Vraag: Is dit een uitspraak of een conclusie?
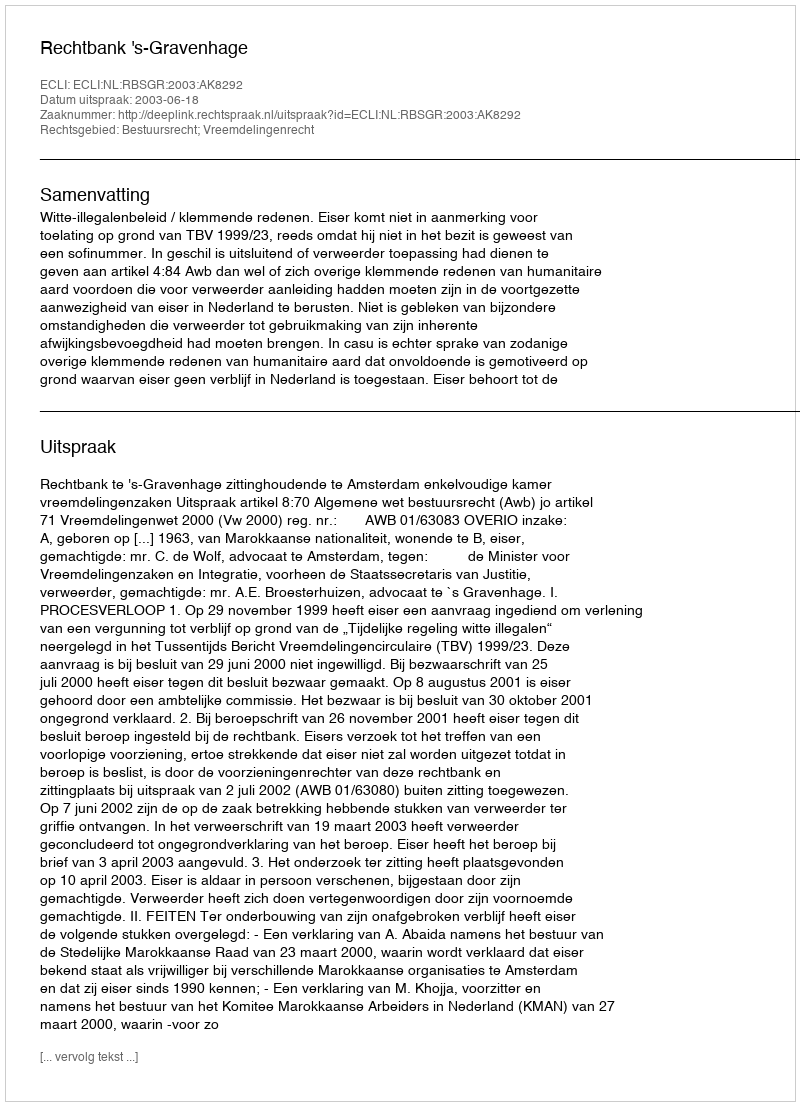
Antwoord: Uitspraak